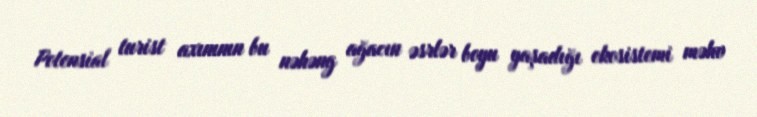
Potensial turist axınının bu nəhəng ağacın əsrlər boyu yaşadığı ekosistemi məhv